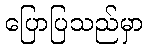
ပြောပြသည်မှာ